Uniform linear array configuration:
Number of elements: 16
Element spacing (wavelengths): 1
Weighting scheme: kaiser
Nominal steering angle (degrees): -30
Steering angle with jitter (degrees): -30.002
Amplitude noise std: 0.05
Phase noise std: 0.05

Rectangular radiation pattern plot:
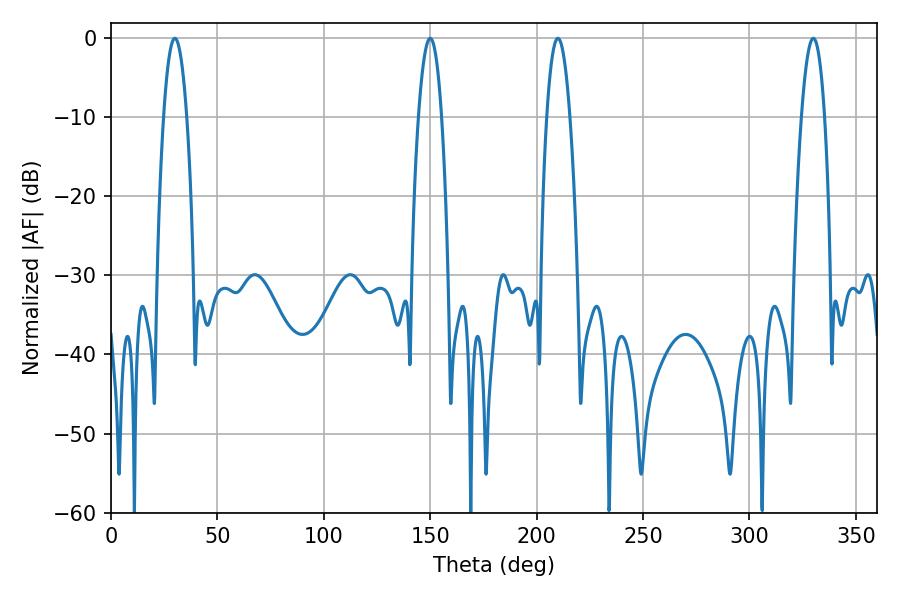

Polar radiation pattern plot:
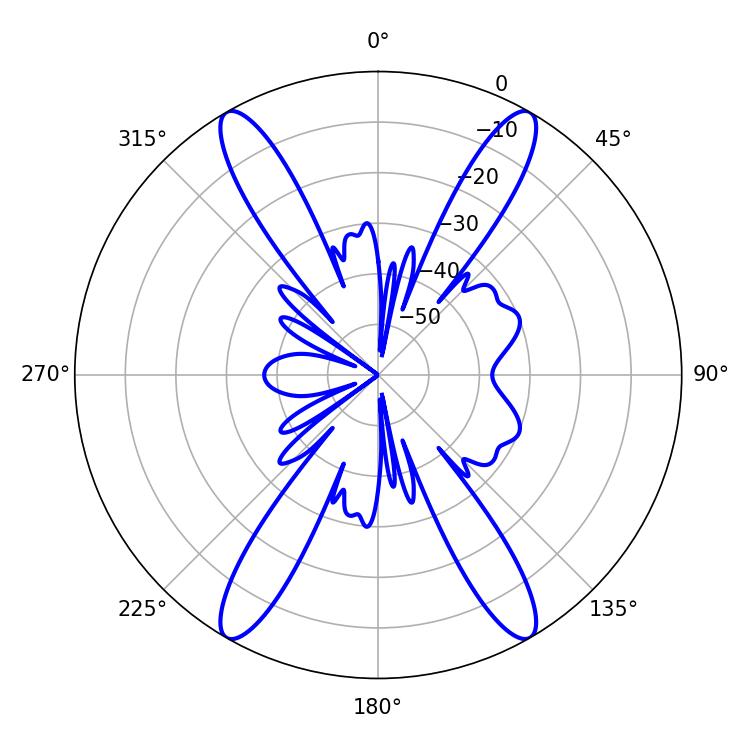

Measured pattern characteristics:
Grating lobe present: TRUE
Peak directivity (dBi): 35.842
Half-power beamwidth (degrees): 6.12
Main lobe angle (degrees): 30.06